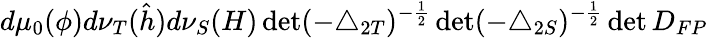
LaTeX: d\mu_{0}(\phi)d\nu_{T}(\hat{h})d\nu_{S}(H)\operatorname*{det}(-\triangle_{2T})^{-\frac{1}{2}}\operatorname*{det}(-\triangle_{2S})^{-\frac{1}{2}}\operatorname*{det}D_{FP}